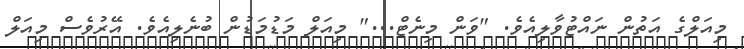
މިއަލްގެ އަތުން ނައްޓުވާލިއެވެ. "ވަން މިނެޓް..." މިއަލް މަޑުމަޑުން ބުނެލިއެވެ. އޭރުވެސް މިއަލް